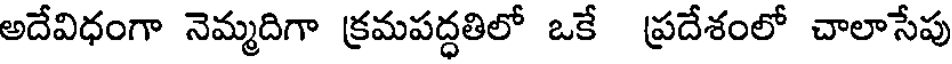
అదేవిధంగా నెమ్మదిగా క్రమపద్ధతిలో ఒకే ప్రదేశంలో చాలాసేపు